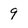
Character: 9